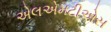
એલએમટીએસ